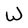
Character: W